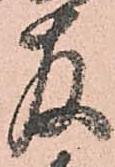
存